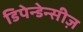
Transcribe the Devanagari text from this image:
डिपेन्डेन्सीज़